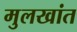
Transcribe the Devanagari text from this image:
मुलखांत